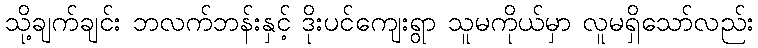
သို့ချက်ချင်း ဘလက်ဘန်းနှင့် ဒိုးပင်ကျေးရွာ သူမကိုယ်မှာ လူမရှိသော်လည်း